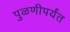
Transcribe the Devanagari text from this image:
पुळणीपर्यंत